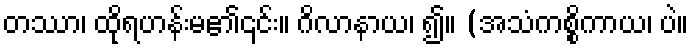
တဿာ၊ ထိုရဟန်းမ၏၎င်း။ ဂိလာနာယ၊ ၍။ (အသံကစ္စိကာယ၊ ပဲ။